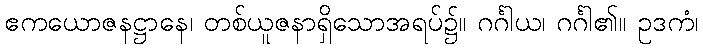
ဧကယောဇနဋ္ဌာနေ၊ တစ်ယူဇနာရှိသောအရပ်၌။ ဂင်္ဂါယ၊ ဂင်္ဂါ၏။ ဥဒကံ၊